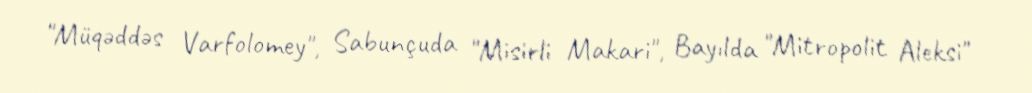
"Müqəddəs Varfolomey", Sabunçuda "Misirli Makari", Bayılda "Mitropolit Aleksi"